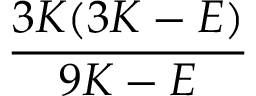
\frac { 3 K ( 3 K - E ) } { 9 K - E }